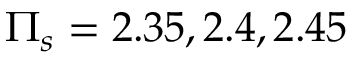
\Pi _ { s } = 2 . 3 5 , 2 . 4 , 2 . 4 5